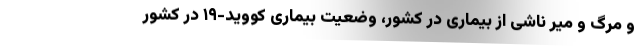
و مرگ و میر ناشی از بیماری در کشور، وضعیت بیماری کووید-۱۹ در کشور